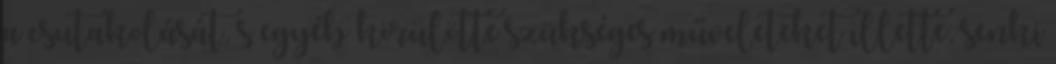
a csutakolását, s egyéb körülötte szükséges műveleteket illette, senki